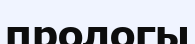
прологы